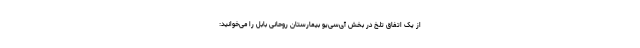
از یک اتفاق تلخ در بخش آی‌سی‌یو بیمارستان روحانی بابل را می‌خوانید: